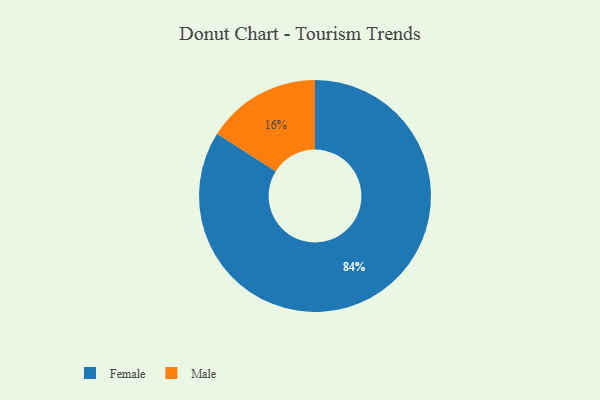
{"axis": {"x": "Category", "y": "Percentage"}, "legend": ["Female", "Male"], "data": [{"x": "Male", "y": 16, "type": "Male"}, {"x": "Female", "y": 84, "type": "Female"}]}